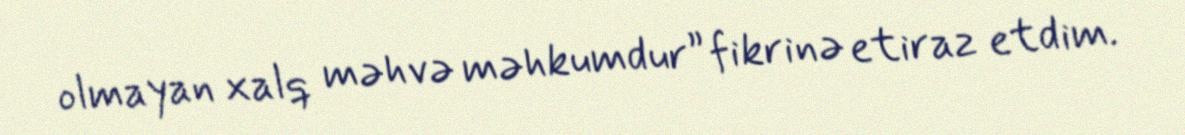
olmayan xalq məhvə məhkumdur” fikrinə etiraz etdim.